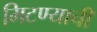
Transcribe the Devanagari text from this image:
मिटण्याची